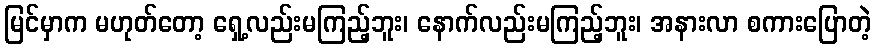
မြင်မှာက မဟုတ်တော့ ရှေ့လည်းမကြည့်ဘူး၊ နောက်လည်းမကြည့်ဘူး၊ အနားလာ စကားပြောတဲ့